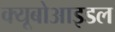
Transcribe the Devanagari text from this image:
क्यूबोआइडल